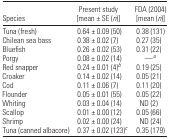
<table><thead><tr><td><b>Species</b></td><td><b>Present study [mean ± SE (<i>n</i>)]</b></td><td><b>FDA (2004) [mean (<i>n</i>)]</b></td></tr></thead><tbody><tr><td>Tuna (fresh)</td><td>0.64 ± 0.09 (50)</td><td>0.38 (131)</td></tr><tr><td>Chilean sea bass</td><td>0.38 ± 0.02 (7)</td><td>0.27 (35)</td></tr><tr><td>Bluefish</td><td>0.26 ± 0.02 (53)</td><td>0.31 (22)</td></tr><tr><td>Porgy</td><td>0.08 ± 0.02 (14)</td><td>—<i><sup>a</sup></i></td></tr><tr><td>Red snapper</td><td>0.24 ± 0.01 (4)<i><sup>b</sup></i></td><td>0.19 (25)</td></tr><tr><td>Croaker</td><td>0.14 ± 0.02 (14)</td><td>0.05 (21)</td></tr><tr><td>Cod</td><td>0.11 ± 0.06 (7)</td><td>0.11 (20)</td></tr><tr><td>Flounder</td><td>0.05 ± 0.01 (55)</td><td>0.05 (22)</td></tr><tr><td>Whiting</td><td>0.03 ± 0.04 (14)</td><td>ND (2)</td></tr><tr><td>Scallop</td><td>0.01 ± 0.00 (12)</td><td>0.05 (66)</td></tr><tr><td>Shrimp</td><td>0.02 ± 0.00 (24)</td><td>ND (24)</td></tr><tr><td>Tuna (canned albacore)</td><td>0.37 ± 0.02 (123)<i><sup>c</sup></i></td><td>0.35 (179)</td></tr></tbody></table>